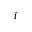
i